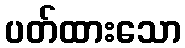
ပတ်ထားသော